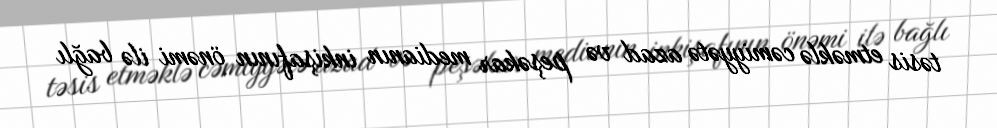
təsis etməklə cəmiyyətə azad və peşəkar medianın inkişafının önəmi ilə bağlı